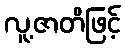
လူ့ဇာတိဖြင့်